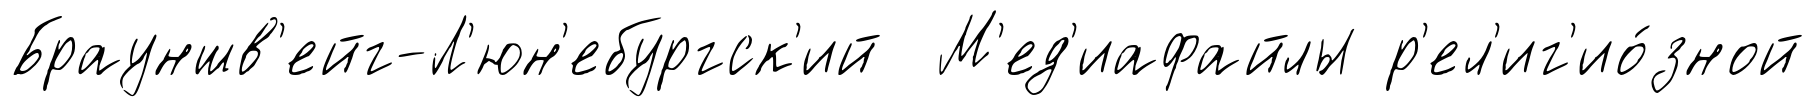
Брауншв'ейг-Л'юн'ебургск'ий М'ед'иафайлы р'ел'иг'ио́зной